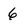
Character: 6